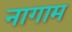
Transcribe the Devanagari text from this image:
नागाम